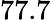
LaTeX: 77.7